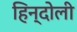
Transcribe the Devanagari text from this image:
हिन्दोली